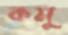
কমু